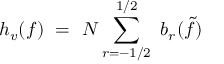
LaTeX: h _ { v } ( f ) \ = \ N \sum _ { r = - 1 / 2 } ^ { 1 / 2 } \ b _ { r } ( \tilde { f } )